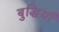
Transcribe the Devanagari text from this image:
बुद्धियाँ